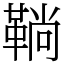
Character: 鞝